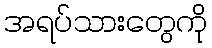
အရပ်သားတွေကို